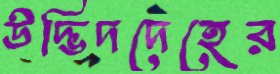
উদ্ভিদদেহের